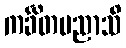
ကင်္ခိတမညာသိ